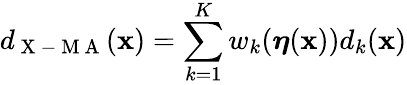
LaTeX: d_{\mathrm{~X~-~M~A~}}(\mathbf{x})=\sum_{k=1}^{K}w_{k}(\boldsymbol{\eta}(\mathbf{x}))d_{k}(\mathbf{x})